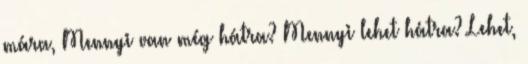
mára, Mennyi van még hátra? Mennyi lehet hátra? Lehet,